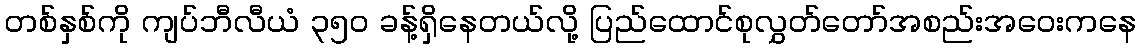
တစ်နှစ်ကို ကျပ်ဘီလီယံ ၃၅၀ ခန့်ရှိနေတယ်လို့ ပြည်ထောင်စုလွှတ်တော်အစည်းအဝေးကနေ